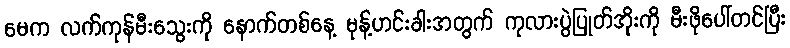
မေက လက်ကုန်မီးသွေးကို နောက်တစ်နေ့ မုန့်ဟင်းခါးအတွက် ကုလားပွဲပြုတ်အိုးကို မီးဖိုပေါ်တင်ပြီး